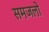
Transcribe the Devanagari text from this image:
समजलो